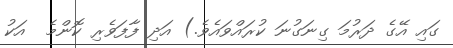
ގައި އޭގެ ދަރުމަ ގިނަގުނަ ކުރައްވައެވެ.) އަދި ފާފަވެރި ކޮންމެ  އަކު